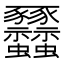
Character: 𧲟